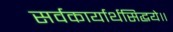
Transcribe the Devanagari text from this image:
सर्वकार्यार्थसिद्धये॥